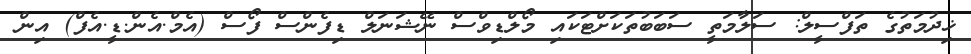
ޚިދުމަތުގެ ތަފްސީލް: ސަލާމަތީ ސަބަބުތަކަށްޓަކައި މޯލްޑިވްސް ނޭޝަނަލް ޑިފެންސް ފޯސް (އެމް.އެން.ޑީ.އެފް) އިން